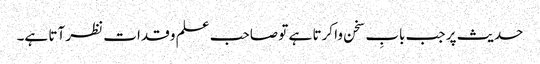
حدیث پر جب بابِ سخن وا کرتا ہے تو صاحب علم و قدات نظر آتا ہے۔